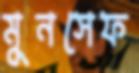
মুনসেফ